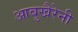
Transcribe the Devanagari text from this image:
आबुखैरेनी